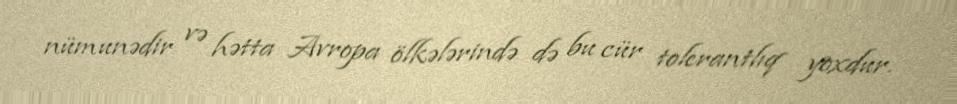
nümunədir və hətta Avropa ölkələrində də bu cür tolerantlıq yoxdur.